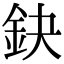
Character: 鈌